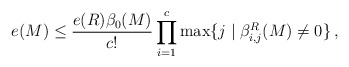
\begin{align*} e(M) \le \frac{e(R)\beta_0(M)}{c!} \prod_{i=1}^c\max\{j\mid \beta^R_{i,j}(M)\ne 0\}\,,\end{align*}